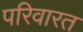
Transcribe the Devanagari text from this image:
परिवारत